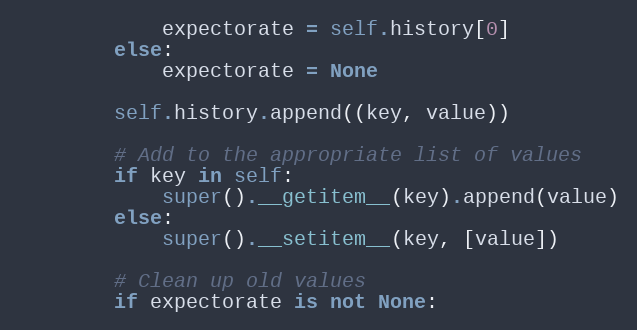
Language: Python
            expectorate = self.history[0]
        else:
            expectorate = None

        self.history.append((key, value))

        # Add to the appropriate list of values
        if key in self:
            super().__getitem__(key).append(value)
        else:
            super().__setitem__(key, [value])

        # Clean up old values
        if expectorate is not None: